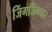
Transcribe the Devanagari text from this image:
जिंगजिंगबार